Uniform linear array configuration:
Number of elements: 64
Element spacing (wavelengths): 0.75
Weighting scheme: uniform
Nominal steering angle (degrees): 45
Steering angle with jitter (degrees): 43.793
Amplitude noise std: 0.05
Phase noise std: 0.05

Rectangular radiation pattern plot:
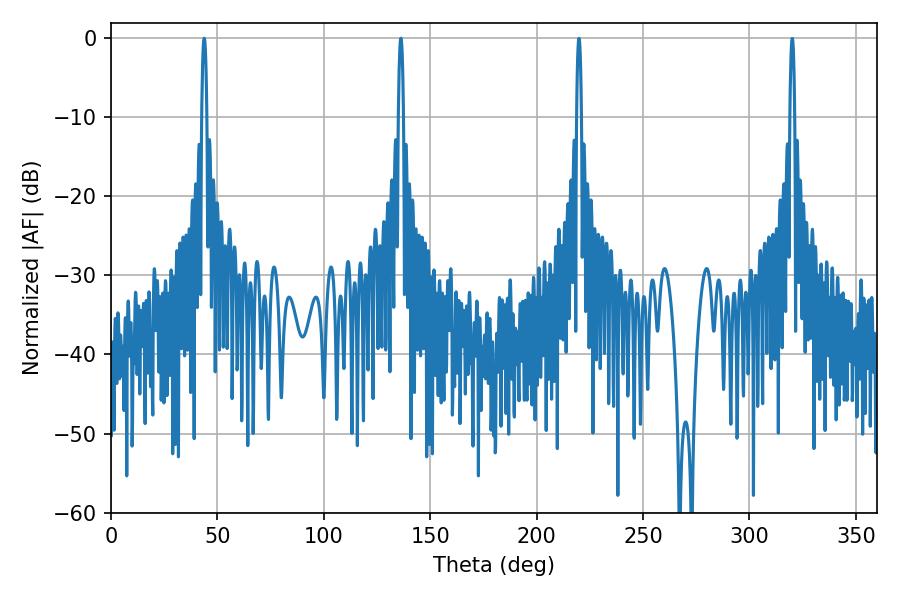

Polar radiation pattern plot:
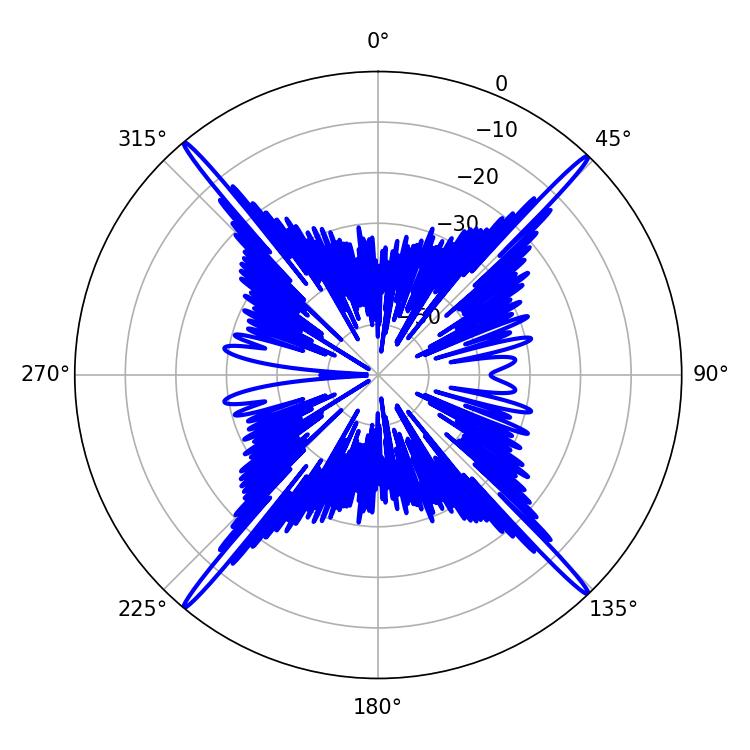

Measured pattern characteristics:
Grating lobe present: TRUE
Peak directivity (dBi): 25.915
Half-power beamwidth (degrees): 1.26
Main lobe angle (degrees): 43.74